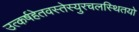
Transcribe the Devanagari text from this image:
उत्कर्षहेतवस्तेस्युरचलस्थितयो